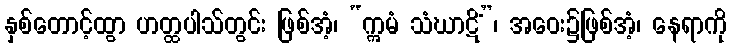
နှစ်တောင့်ထွာ ဟတ္ထပါသ်တွင်း ဖြစ်အံ့၊ “ဣမံ သံဃာဋိံ”၊ အဝေး၌ဖြစ်အံ့၊ နေရာကို